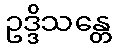
ဥဒ္ဒိသန္တေ